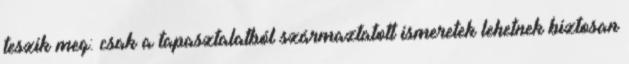
teszik meg: csak a tapasztalatból származtatott ismeretek lehetnek biztosan